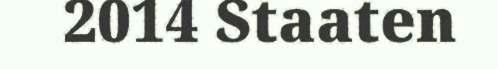
2014 Staaten